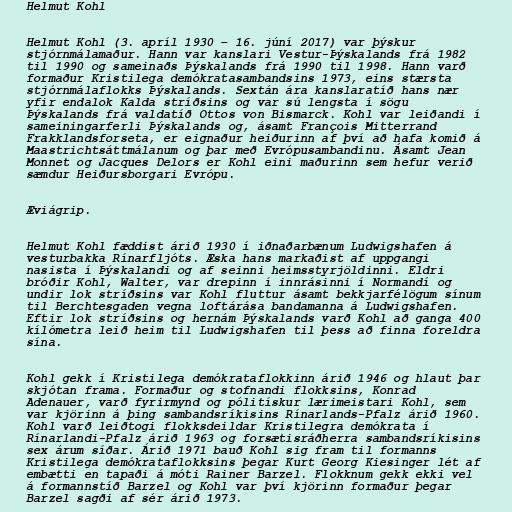
Helmut Kohl

Helmut Kohl (3. apríl 1930 – 16. júní 2017) var þýskur
stjórnmálamaður. Hann var kanslari Vestur-Þýskalands frá 1982
til 1990 og sameinaðs Þýskalands frá 1990 til 1998. Hann varð
formaður Kristilega demókratasambandsins 1973, eins stærsta
stjórnmálaflokks Þýskalands. Sextán ára kanslaratíð hans nær
yfir endalok Kalda stríðsins og var sú lengsta í sögu
Þýskalands frá valdatíð Ottos von Bismarck. Kohl var leiðandi í
sameiningarferli Þýskalands og, ásamt François Mitterrand
Frakklandsforseta, er eignaður heiðurinn af því að hafa komið á
Maastrichtsáttmálanum og þar með Evrópusambandinu. Ásamt Jean
Monnet og Jacques Delors er Kohl eini maðurinn sem hefur verið
sæmdur Heiðursborgari Evrópu.

Æviágrip.

Helmut Kohl fæddist árið 1930 í iðnaðarbænum Ludwigshafen á
vesturbakka Rínarfljóts. Æska hans markaðist af uppgangi
nasista í Þýskalandi og af seinni heimsstyrjöldinni. Eldri
bróðir Kohl, Walter, var drepinn í innrásinni í Normandí og
undir lok stríðsins var Kohl fluttur ásamt bekkjarfélögum sínum
til Berchtesgaden vegna loftárása bandamanna á Ludwigshafen.
Eftir lok stríðsins og hernám Þýskalands varð Kohl að ganga 400
kílómetra leið heim til Ludwigshafen til þess að finna foreldra
sína.

Kohl gekk í Kristilega demókrataflokkinn árið 1946 og hlaut þar
skjótan frama. Formaður og stofnandi flokksins, Konrad
Adenauer, varð fyrirmynd og pólitískur lærimeistari Kohl, sem
var kjörinn á þing sambandsríkisins Rínarlands-Pfalz árið 1960.
Kohl varð leiðtogi flokksdeildar Kristilegra demókrata í
Rínarlandi-Pfalz árið 1963 og forsætisráðherra sambandsríkisins
sex árum síðar. Árið 1971 bauð Kohl sig fram til formanns
Kristilega demókrataflokksins þegar Kurt Georg Kiesinger lét af
embætti en tapaði á móti Rainer Barzel. Flokknum gekk ekki vel
á formannstíð Barzel og Kohl var því kjörinn formaður þegar
Barzel sagði af sér árið 1973.